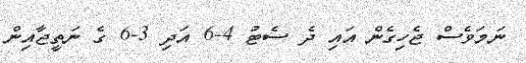
ނަމަވެސް ޖެހިގެން އައި ދެ ސެޓު 4-6 އަދި 3-6 ގެ ނަތީޖާއިން